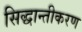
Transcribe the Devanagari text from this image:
सिद्धान्तीकरण